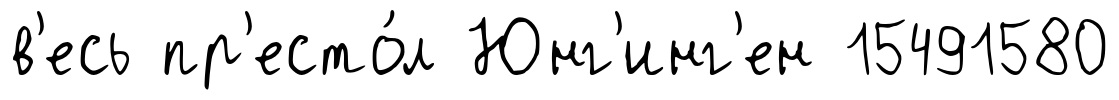
в'есь пр'есто́л Юнг'инг'ен 15491580